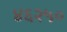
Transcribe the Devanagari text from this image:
४६२५०